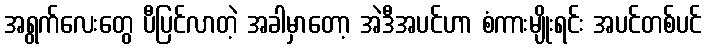
အရွက်လေးတွေ ပီပြင်လာတဲ့ အခါမှာတော့ အဲဒီအပင်ဟာ စံကားမျိုးရင်း အပင်တစ်ပင်